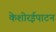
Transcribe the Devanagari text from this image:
केशोरईपाटन